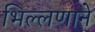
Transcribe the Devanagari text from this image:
भिल्लणाने